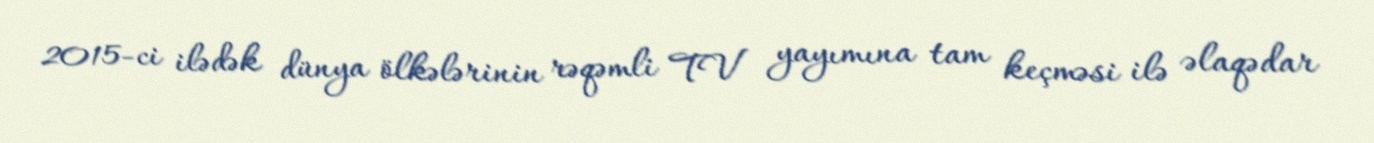
2015-ci ilədək dünya ölkələrinin rəqəmli TV yayımına tam keçməsi ilə əlaqədar